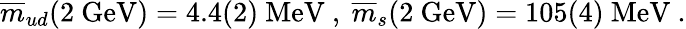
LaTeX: \overline{{{m}}}_{ud}(2~\mathrm{GeV})=4.4(2)~\mathrm{MeV}~,~\overline{{{m}}}_{s}(2~\mathrm{GeV})=105(4)~\mathrm{MeV}~.